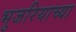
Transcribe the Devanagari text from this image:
भुजरियाच्या